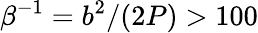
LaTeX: \beta^{-1}=b^{2}/(2P)>100